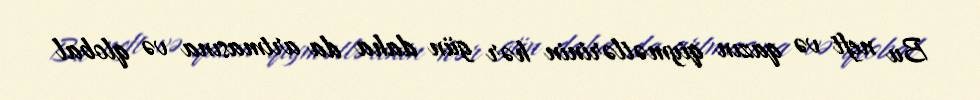
Bu neft və qazın qiymətlərinin hər gün daha da artmasına və qlobal